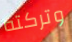
وتركته